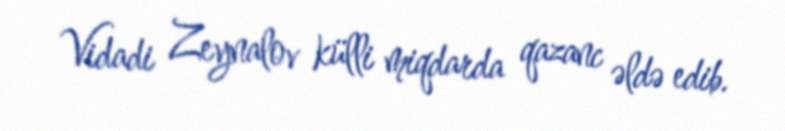
Vidadi Zeynalov külli miqdarda qazanc əldə edib.